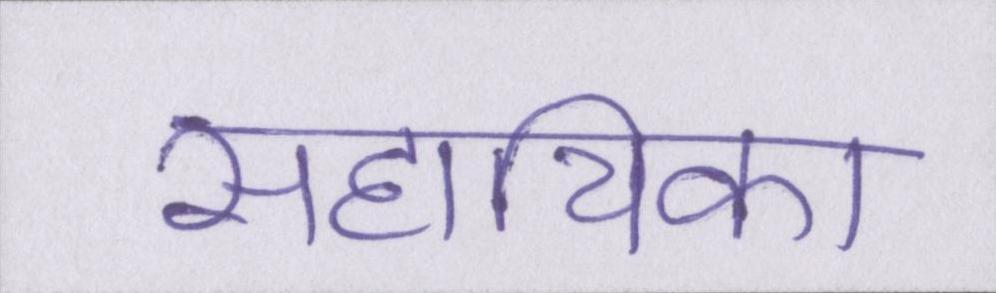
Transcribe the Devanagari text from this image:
सहायिका